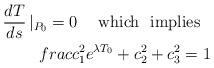
LaTeX: \begin{align*}\frac{dT}{ds}\left|_{P_0}=0 \right.\ \ \ {\rm which\ \ implies}\ \ \\frac{c_1^2}{e^{\lambda T_0}}+c_2^2+c_3^2 = 1\end{align*}